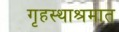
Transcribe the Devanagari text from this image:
गृहस्थाश्रमात